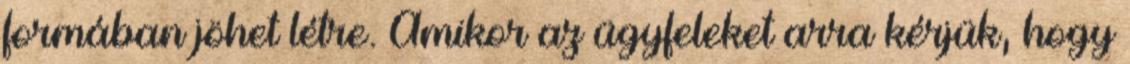
formában jöhet létre. Amikor az ügyfeleket arra kérjük, hogy